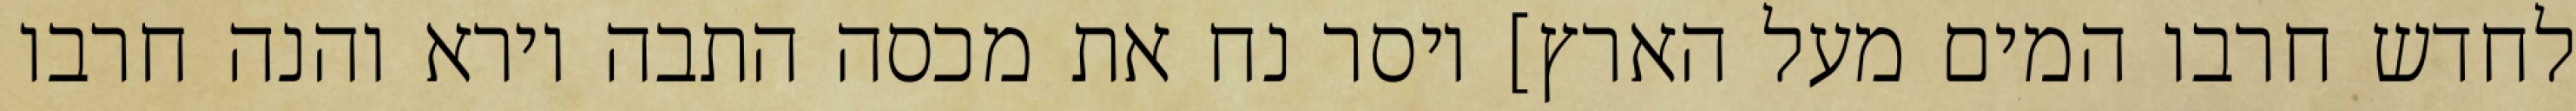
לחדש חרבו המים מעל הארץ] ויסר נח את מכסה התבה וירא והנה חרבו